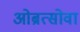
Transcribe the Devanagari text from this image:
ओब्रत्सोवा